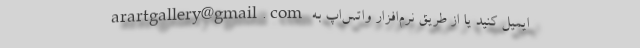
arartgallery@gmail.com ایمیل کنید یا از طریق نرم‌افزار واتس‌اپ به